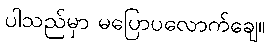
ပါသည်မှာ မပြောပလောက်ချေ။